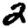
Digit: 2